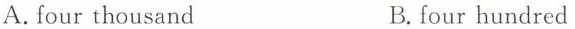
A. four thousand B.four hundred